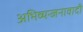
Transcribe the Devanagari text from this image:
अभिव्यन्जनावादी